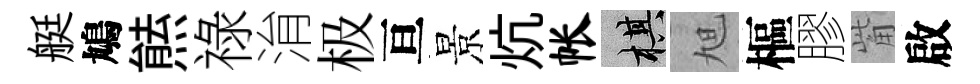
艇鳩㷱祿㳙极亘景炕帐棋旭樞膠觜啟